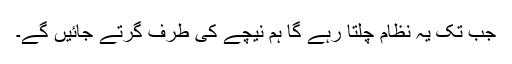
جب تک یہ نظام چلتا رہے گا ہم نیچے کی طرف گرتے جائیں گے۔